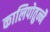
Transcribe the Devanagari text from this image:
कालिपोतुन्नै